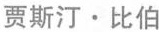
贾斯汀·比伯